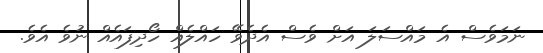
ނަމަވެސް އެ މައްސަލަ އަށް ވެސް އެދެވޭ ހައްލެއް ހޯދިފައެއް ނުވެ އެވެ.